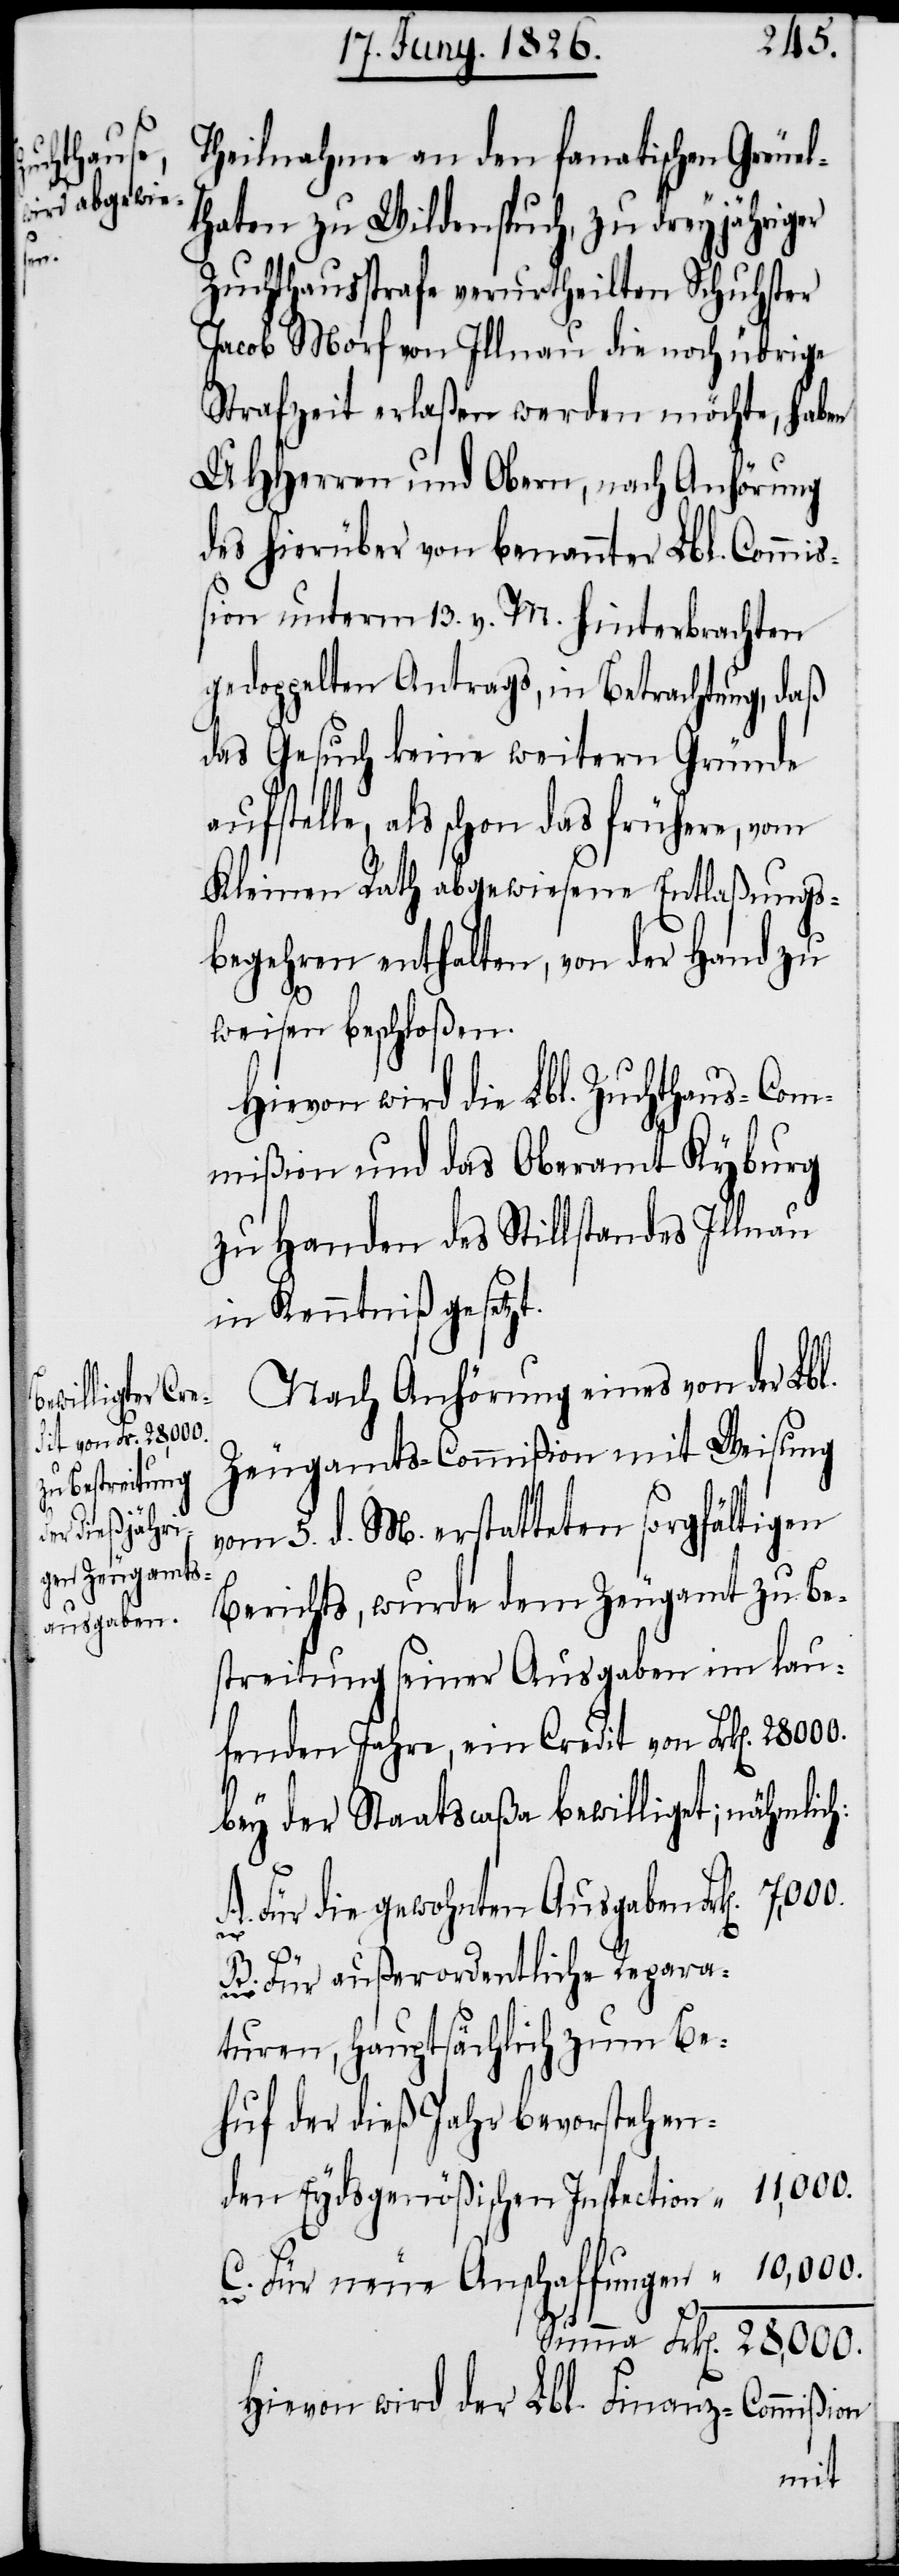
Theilnahme an den fanatischen Greuel¬
thaten zu Wildenspuch, zu dreyjähriger
Zuchthausstrafe verurtheilten Schuhster
Jacob Morf von Illnau die noch übrige
Strafzeit erlaßen werden möchte, haben
UHHerren und Obern, nach Anhörung
des hierüber von benannter Lbl. Commiß¬
ion unterm 13. v. M. hinterbrachten
gedoppelten Antrags, in Betrachtung, daß
das Gesuch keine weitern Gründe
aufstelle, als schon das frühere, vom
Kleinen Rath abgewiesene Entlaßungs¬
begehren enthalten, von der Hand zu
weisen beschloßen.
Hievon wird die Lbl. Zuchthaus-Com¬
mißion und das Oberamt Kyburg
zu Handen des Stillstandes Illnau
in Kenntniß gesetzt.
Nach Anhörung eines von der Lbl.
Zeugamts-Commißion mit Weisung
vom 5. d. M. erstatteten sorgfältigen
Berichts, wurde dem Zeugamt zu Be¬
streitung seiner Ausgaben im lau¬
fenden Jahre, ein Credit von Frk[en].
bey der Staatscaßa bewilligt; nähmlich:
A. Für die gewohnten Ausgaben
neue
“
B. Für außerordentliche Repara¬
turen, hauptsächlich zum Be¬
huf der dieß Jahr bevorstehen¬
den Eydsgenößischen Inspection
Hievon wird der Lbl. Finanz-Commißion